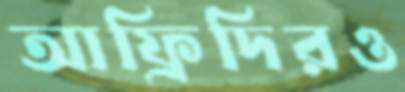
আফ্রিদিরও